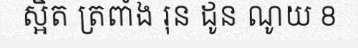
ស្អិត ត្រពាំង រុន ដូន ណូយ 8